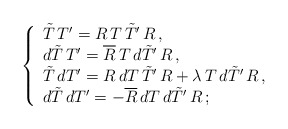
\begin{align*}\left\{ \begin{array}{l}\tilde{T}\,T'=R\,T\,\tilde{T}'\,R\,, \\d\tilde{T}\,T'=\overline{R}\,T\,d\tilde{T}'\,R\,, \\\tilde{T}\,dT'=R\,dT\,\tilde{T}'\,R+\lambda\,T\,d\tilde{T}'\,R\,, \\d\tilde{T}\,dT'=-\overline{R}\,dT\,d\tilde{T}'\,R\,;\end{array} \right.\end{align*}